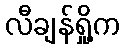
လီချန်ရှို့က